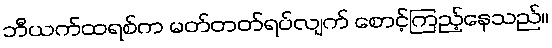
ဘီယက်ထရစ်က မတ်တတ်ရပ်လျက် စောင့်ကြည့်နေသည်။